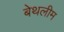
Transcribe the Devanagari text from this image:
बेथलीम